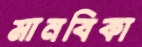
মানবিকা